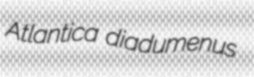
Atlantica diadumenus